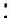
: